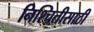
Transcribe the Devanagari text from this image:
निश्चितीसाठी